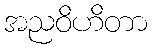
အညဝိဟိတာ